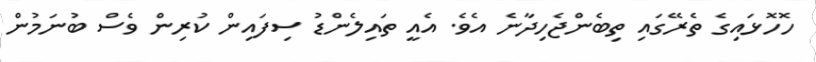
ހޮހޮޅައިގެ ތެރޭގައި ތިބެންޖެހިދާނެ އެވެ. އެއީ ތައިލެންޑު ސިފައިން ކުރިން ވެސް ބުނަމުން